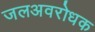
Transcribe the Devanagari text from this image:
जलअवरोधक